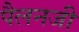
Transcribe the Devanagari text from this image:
पैलनजी